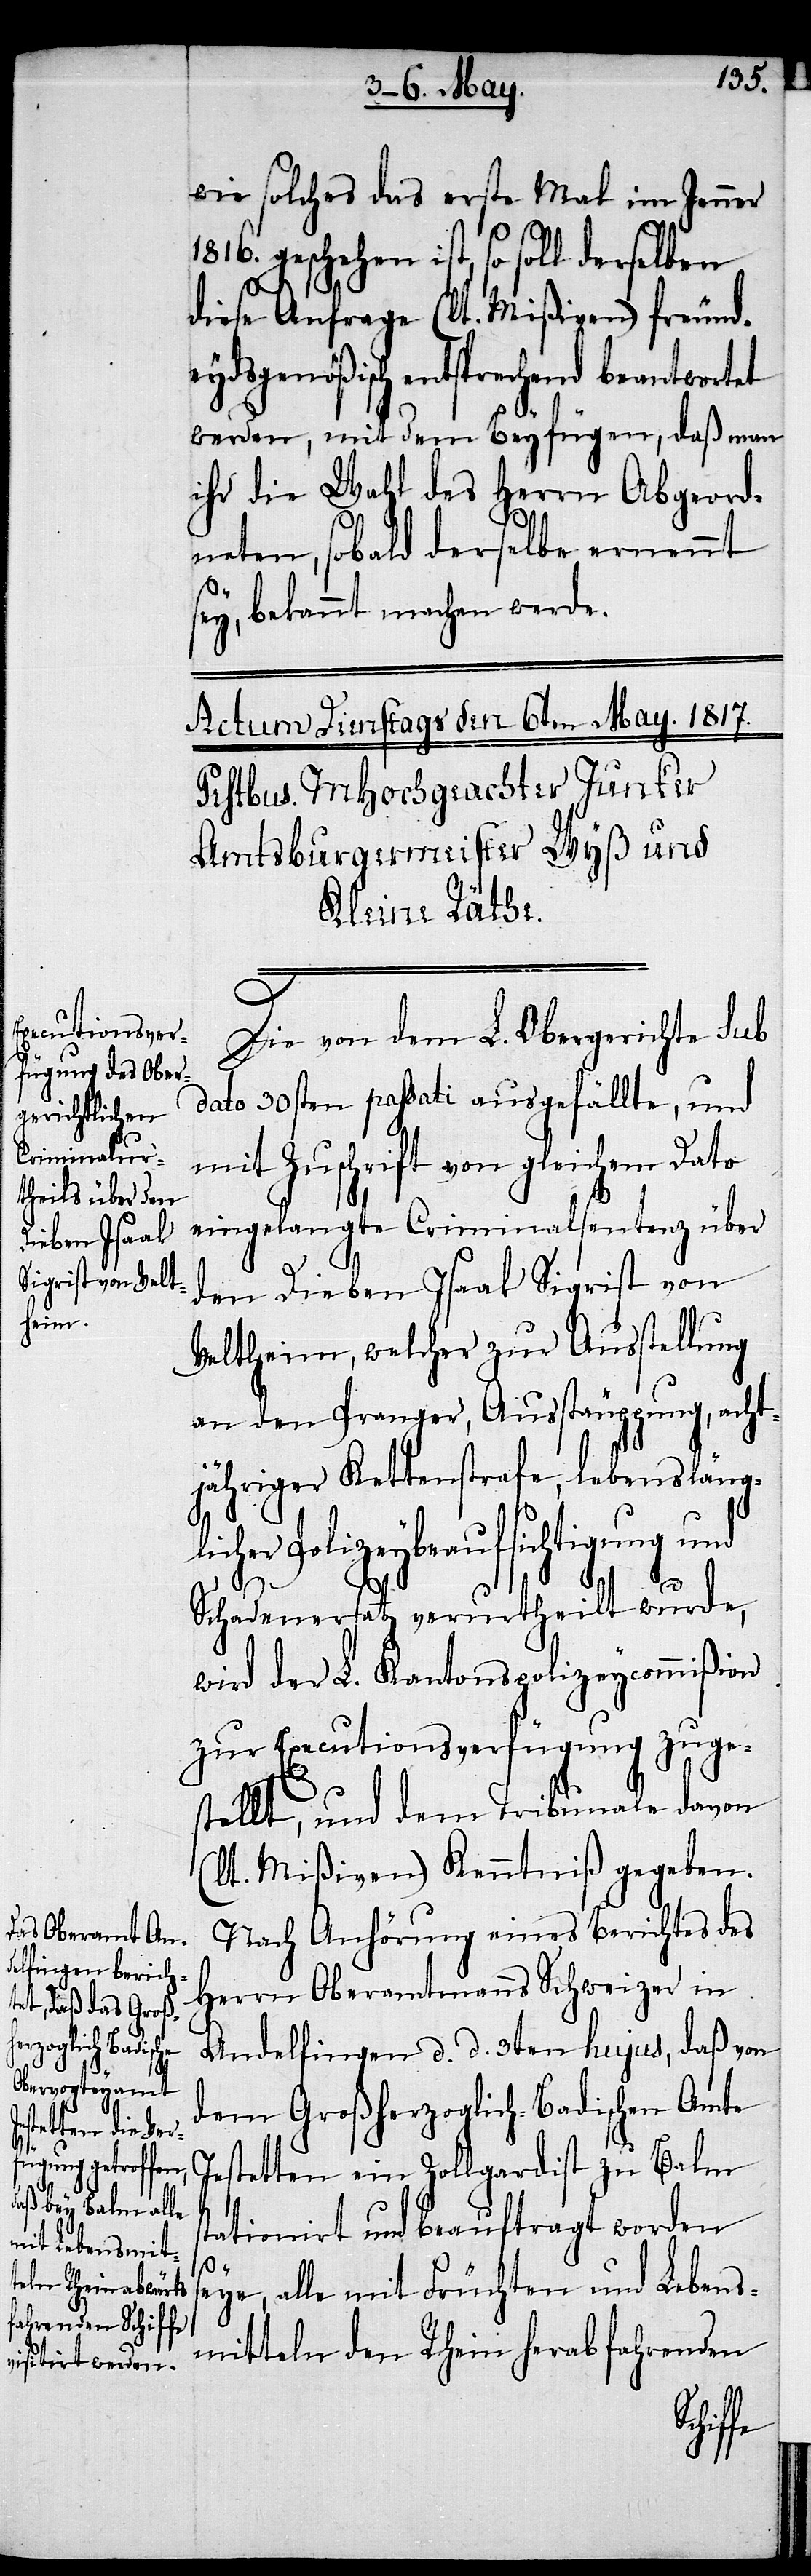
wie solches das erste Mal im Jenner
geschehen ist, so soll derselben
1816.
diese Anfrage (lt. Mißiven) freunde¬
ydsgenößisch entsprechend beantwortet
werden, mit dem Beyfügen, daß man
ihr die Wahl des Herrn Abgeord¬
neten, sobald derselbe ernennt
sey, bekannt machen werde.
Die von dem L. Obergerichte sub
dato 30sten passati ausgefällte, und
mit Zuschrift von gleichem Dato
eingelangte Criminalsentenz über
den Dieben Isaak Sigrist von
Veltheim, welcher zur Ausstellung
an den Pranger, Ausstäuppung, acht¬
jähriger Kettenstrafe, lebensläng¬
licher Polizeybeaufsichtigung und
se¬
Schadenersatz verurtheilt wurde,
wird der L. Kantonspolizeycommißion
zur Executionsverfügung zuge¬
stellt, und dem Tribunale davon
t. Mißiven) Kenntniß gegeben.
Nach Anhörung eines Berichtes des
Herrn Oberamtmanns Schweizer in
Andelfingen d. d. 3ten hujus, daß von
dem Großherzoglich-Badischen Amte
Jestetten ein Zollgardist zu Balm
ationirt und beauftragt worden
ye, alle mit Früchten und Lebens¬
mitteln den Rhein herabfahrenden